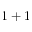
1 + 1